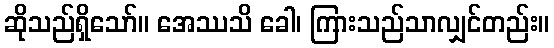
ဆိုသည်ရှိသော်။ အေဿသိ ခေါ၊ ကြားသည်သာလျှင်တည်း။